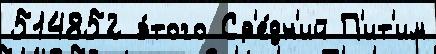
514852 э́того Ср'е́дн'ий П'ит'им